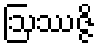
ဩဿဇ္ဇိ